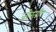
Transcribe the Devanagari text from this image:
जोरती।